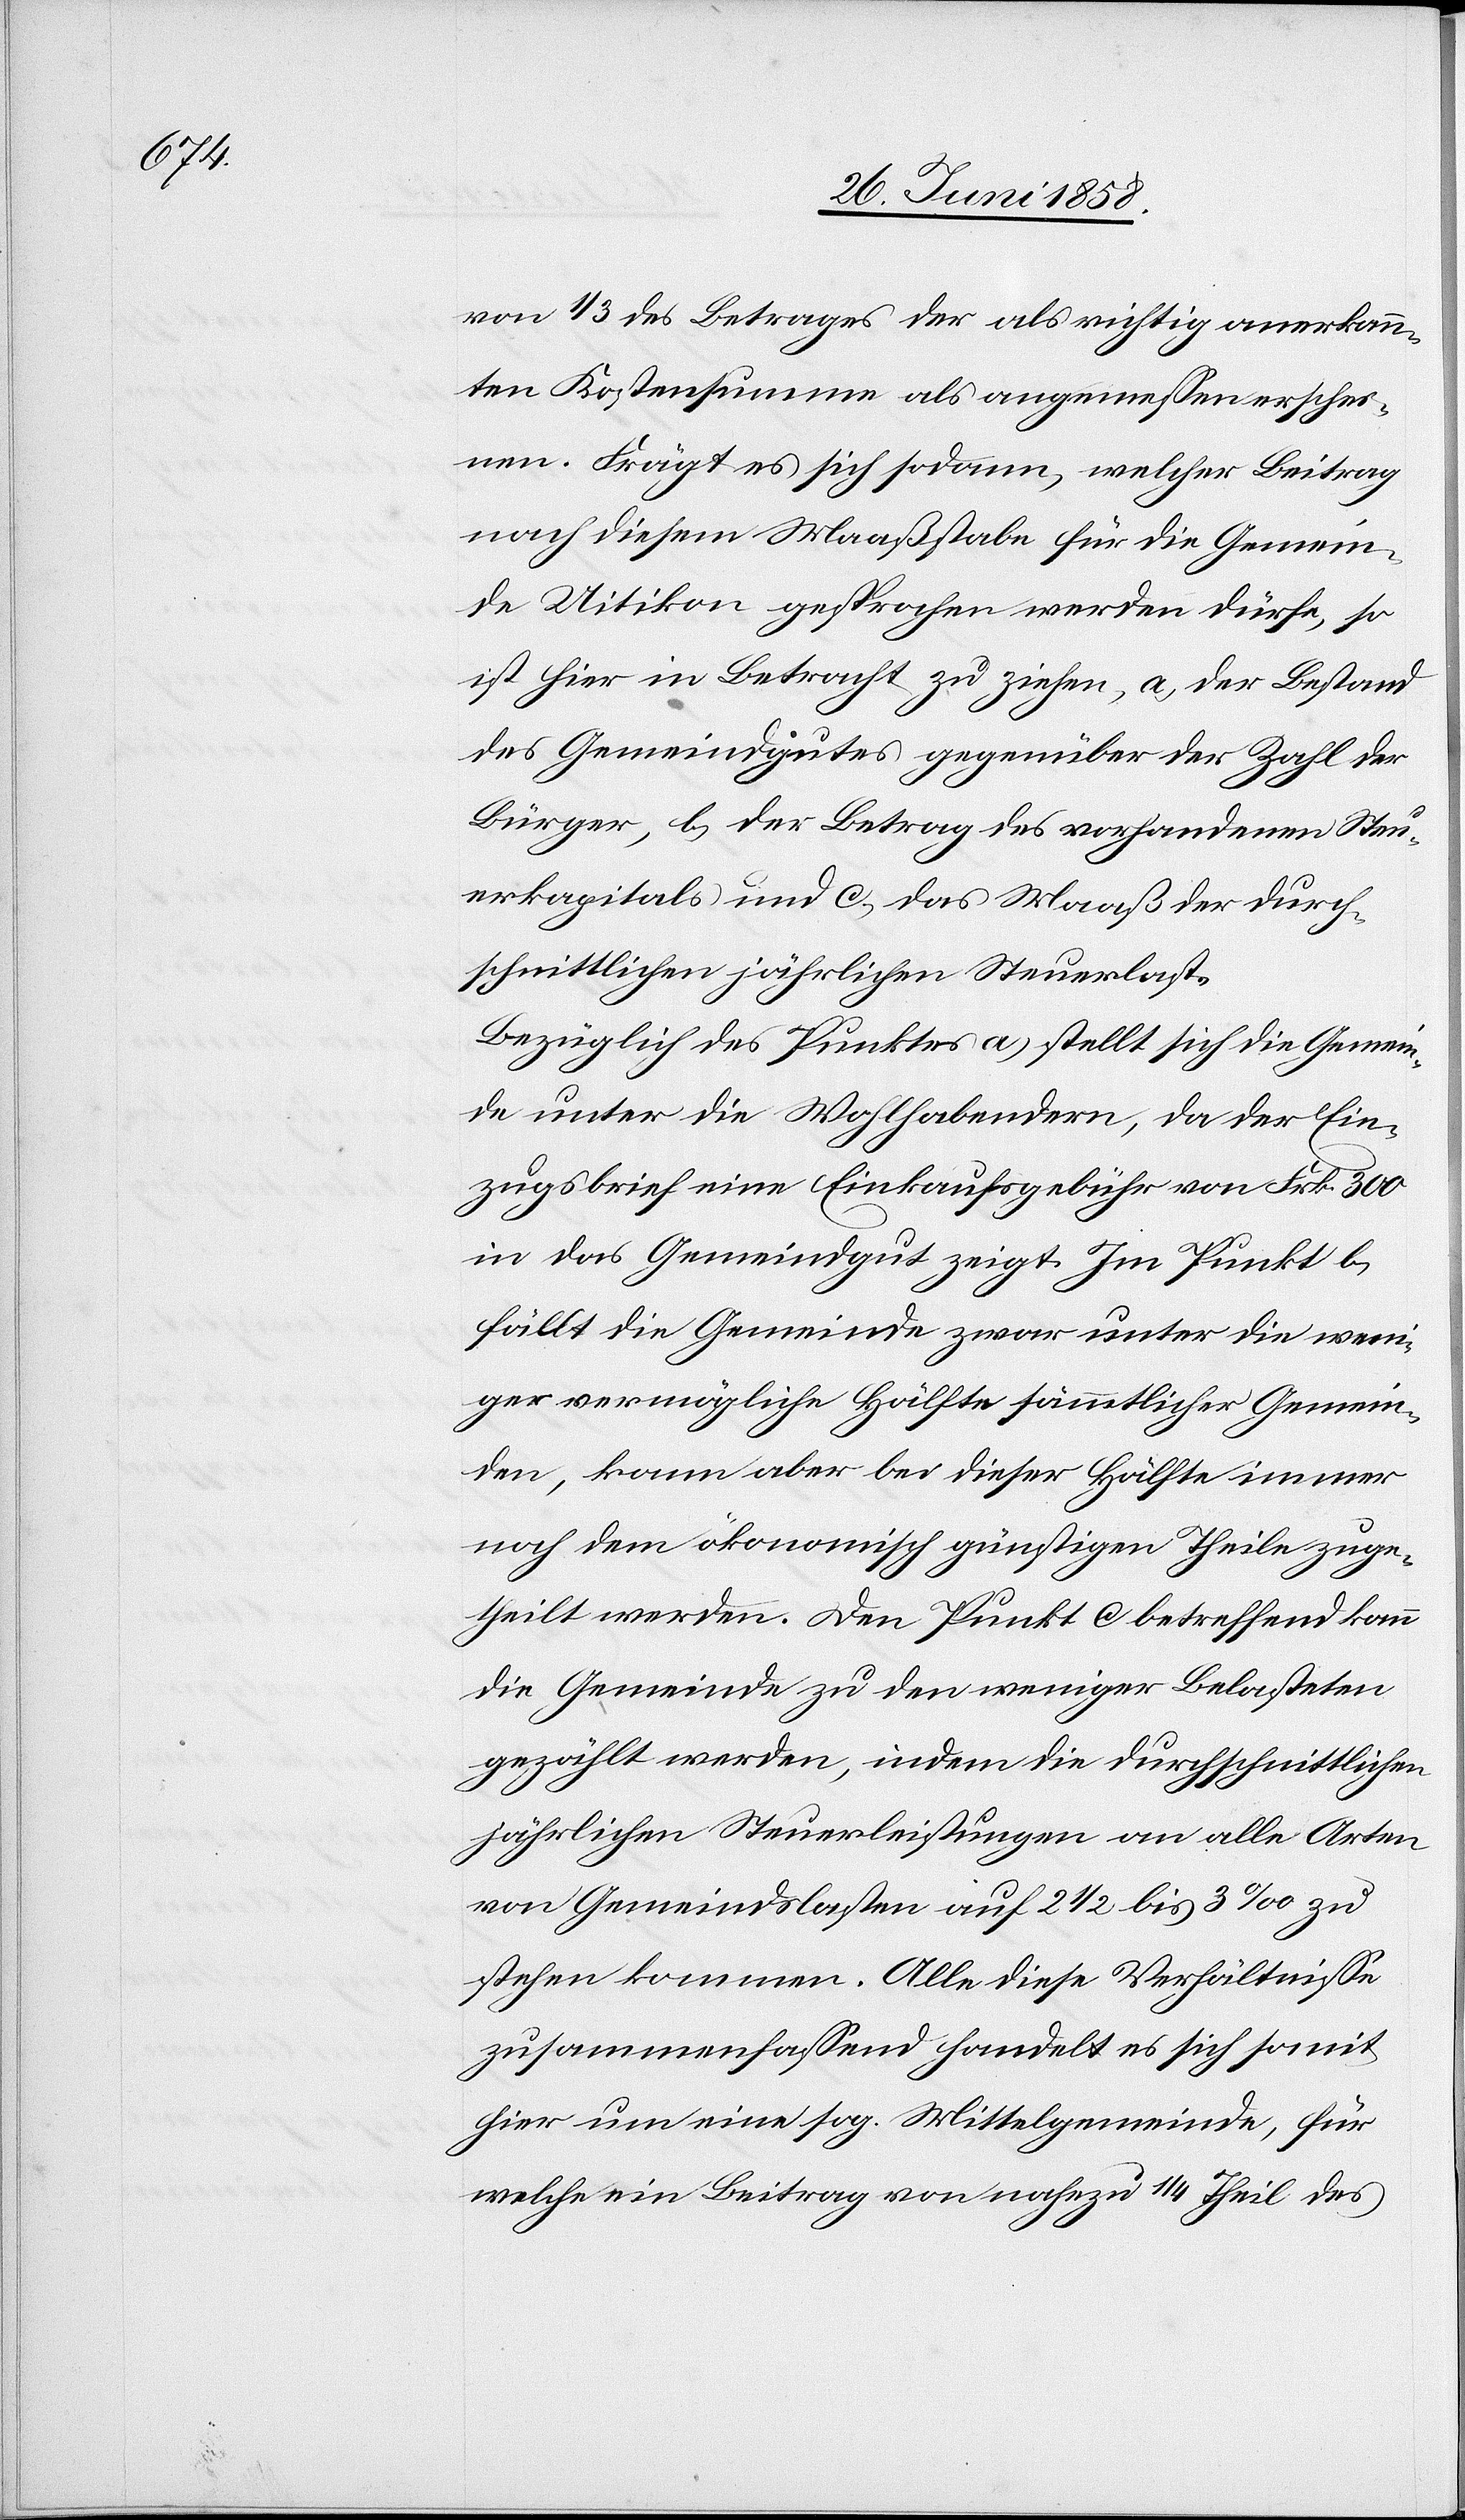
von 1/3 des Betrages der als richtig anerkann¬
ten Kostensumme als angemessen erschei¬
nen. Frägt es sich sodann, welcher Beitrag
nach diesem Maaßstabe für die Gemein¬
de Uitikon gesprochen werden dürfe, so
ist hier in Betracht zu ziehen, a) der Bestand
des Gemeindgutes gegenüber der Zahl der
Bürger, b) der Betrag des vorhandenen Steu¬
erkapitals und c) das Maaß der durch¬
schnittlichen jährlichen Steuerlast.
Bezüglich des Punktes a) stellt sich die Gemein¬
de unter die Wohlhabendern, da der Ein¬
zugsbrief eine Einkaufsgebühr von Frk. 300
in das Gemeindgut zeigt. Im Punkt b)
fällt die Gemeinde zwar unter die weni¬
ger vermögliche Hälfte sämmtlicher Gemein¬
den, kann aber bei dieser Hälfte immer
noch dem ökonomisch günstigen Theile zuge¬
theilt werden. Den Punkt c betreffend kann
die Gemeinde zu den weniger Belasteten
gezählt werden, indem die durchschnittlichen
jährlichen Steuerleistungen an alle Arten
von Gemeindslasten auf 2 1/2 bis 3‰ zu
stehen kommen. Alle diese Verhältnisse
zusammenfassend handelt es sich somit
hier um eine sog. Mittelgemeinde, für
welche ein Beitrag von nahezu 1/4 Theil des